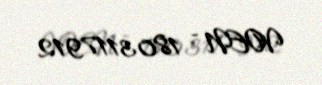
VOEN - 1803117912